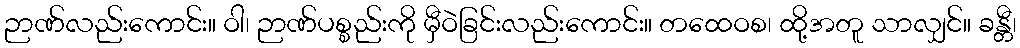
ဉာဏ်လည်းကောင်း။ ဝါ၊ ဉာဏ်ပစ္စည်းကို မှီဝဲခြင်းလည်းကောင်း။ တထေဝစ၊ ထို့အတူ သာလျှင်။ ခန္တီ၊